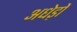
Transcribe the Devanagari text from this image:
अधेड़ों